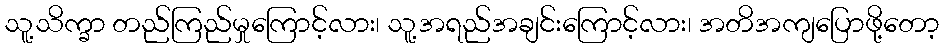
သူ့သိက္ခာ တည်ကြည်မှုကြောင့်လား၊ သူ့အရည်အချင်းကြောင့်လား၊ အတိအကျပြောဖို့တော့